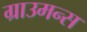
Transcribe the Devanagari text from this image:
ग्राउमन्स